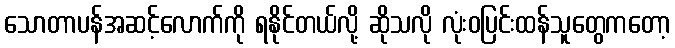
သောတာပန်အဆင့်လောက်ကို ရနိုင်တယ်လို့ ဆိုသလို လုံးဝပြင်းထန်သူတွေကတော့